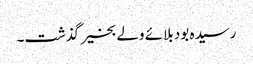
رسیدہ بود بلائے ولے بخیر گذشت۔